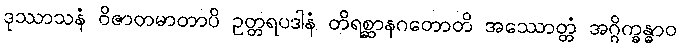
ဒုဿာသနံ ဝိဇာတမာတာပိ ဥတ္တရပဒါနံ တိရစ္ဆာနဂတောတိ အဿောတ္တံ အဂ္ဂိက္ခန္ဓာဝ